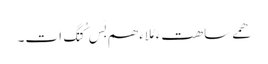
ھمے ساھتءَ مُلاءَ ھم بَس کُتگ اَت۔